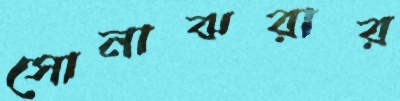
সোনাঝরার